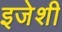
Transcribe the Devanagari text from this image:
इजेशी